Indian journal of veterinary science and animal husbandry - Volumes 28-29, 1958-1959
Year: 1958
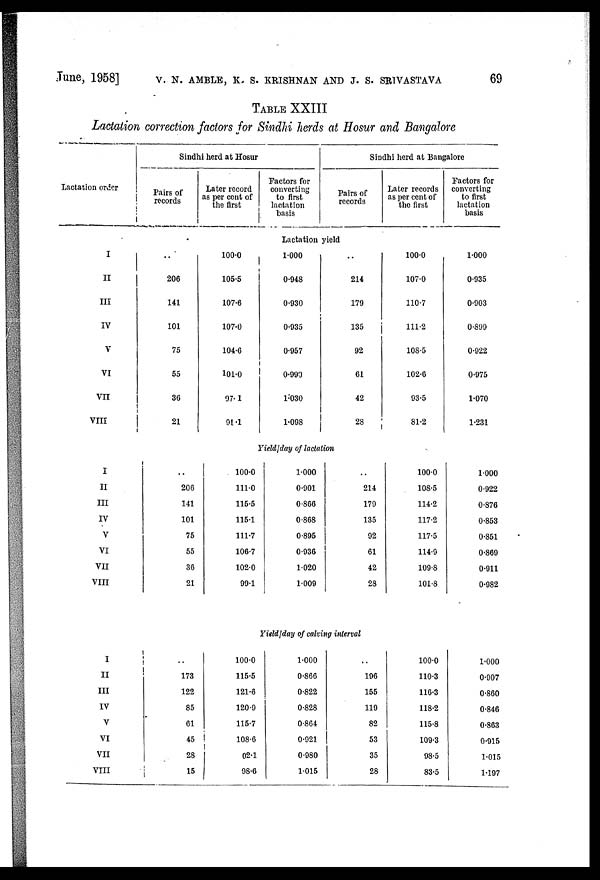
June, 1958] V. N. AMBLE, K. S. KRISHNAN AND J. S. SRIVASTAVA 69
TABLE XXIII
Lactation correction factors for Sindhi herds at Hosur and Bangalore
Lactation order
Sindhi herd at Hosur
Pairs of
records
Later record
as per cent of
the first
Factors for
converting
to first
lactation
basis
Sindhi herd at Bangalore
pairs of
records
Later records
as per cent of
the first
Factors for
converting
to first
lactation
basis
Lactation yield
I
II
III
IV
V
VI
VII
VIII
..
206
141
101
75
55
36
21
100.0
105.5
107.6
107.0
104.6
101.0
97.1
91.1
1.000
0.948
0.930
0.935
0.957
0.990
1.030
1.098
..
214
179
135
92
61
42
28
100.0
107.0
110.7
111.2
108.5
102.6
93.5
81.2
1.000
0.935
0.903
0.899
0.922
0.975
1.070
1.231
Yield/day of lactation
I
II
III
IV
V
VI
VII
VIII
..
206
141
101
75
55
36
21
100.0
111.0
115.5
115.1
111.7
106.7
102.0
99.1
1.000
0.901
0.866
0.868
0.895
0.936
1.020
1.009
..
214
179
135
92
61
42
28
100.0
108.5
114.2
117.2
117.5
114.9
109.8
101.8
1.000
0.922
0.876
0.853
0.851
0.869
0.911
0.982
Yield/day of calving interval
I
II
III
IV
V
VI
VII
VIII
..
173
122
85
61
45
28
15
100.0
115.5
121.6
120.9
115.7
108.6
02.1
98.6
1.000
0.866
0.822
0.828
0.864
0.921
0.980
1.015
..
196
155
119
82
53
35
28
100.0
110.3
116.3
118.2
115.8
109.3
98.5
83.5
1.000
0.907
0.860
0.846
0.863
0.915
1.015
1.197